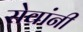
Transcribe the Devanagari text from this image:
सेवांनी